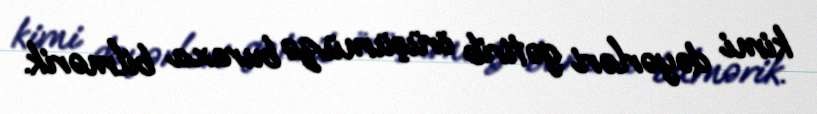
kimi dəyərləri gətirib örüşümüzə buraxa bilmərik.